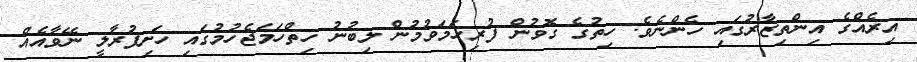
އިރެއްގެ އިންތިޒާރުގައި ހެންނެވެ. ހިތުގެ ގޮވުން ފުރިހަމަވުމުން ލިބުނު ހިތްހަމަޖެހުމުގައި ހަށިފުރާލީ ނޭވާއެއް